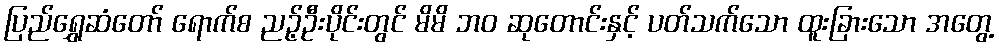
ပြည်ရွှေဆံတော် ရောက်စ ညဉ့်ဦးပိုင်းတွင် မိမိ ဘဝ ဆုတောင်းနှင့် ပတ်သက်သော ထူးခြားသော အတွေ့